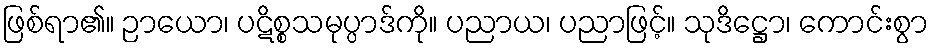
ဖြစ်ရာ၏။ ဉာယော၊ ပဋိစ္စသမုပ္ပာဒ်ကို။ ပညာယ၊ ပညာဖြင့်။ သုဒိဋ္ဌော၊ ကောင်းစွာ